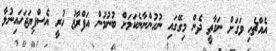
އެއްޗެހި ވަގަށް ނަގާތީ ދެން މިގޭގައި ނުހުންނާނެކަމަށް ބުނުމުން އަފްރާޒު ހުރީ އެސްފިޔަޖަހައިނުލާ